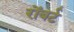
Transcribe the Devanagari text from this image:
रोंबर्ट